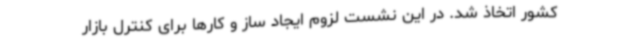
کشور اتخاذ شد. در این نشست لزوم ایجاد ساز و کارها برای کنترل بازار